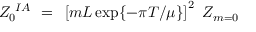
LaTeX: Z _ { 0 } ^ { ~ I A } ~ = ~ \left[ m L \exp \{ - \pi T / \mu \} \right] ^ { 2 } ~ Z _ { m = 0 }